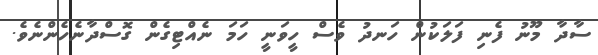
ސާދާ މޫނު ފެނި ފަލަކުން ހަނދު ވެސް ހީވަނީ ހަމަ ނެއްޓިގެން ގޮސްދާނެހެންނެވެ.